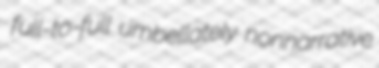
full-to-full umbellately nonnarrative